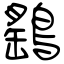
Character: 鷂